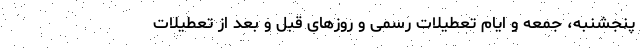
پنجشنبه، جمعه و ایام تعطیلات رسمی و روز‌های قبل و بعد از تعطیلات